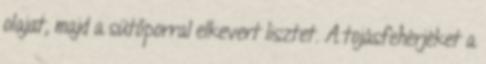
olajat, majd a sütőporral elkevert lisztet. A tojásfehérjéket a